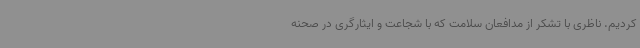
کردیم. ناظری با تشکر از مدافعان سلامت که با شجاعت و ایثارگری در صحنه